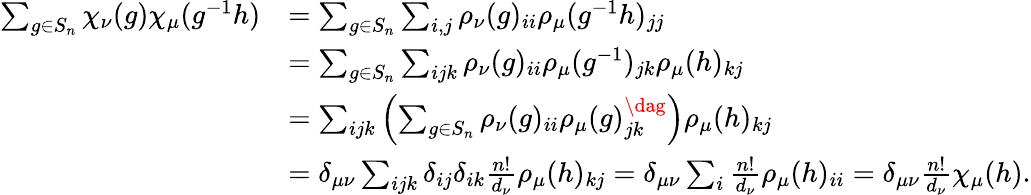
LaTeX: \begin{array}{rl}{\sum_{g\in S_{n}}\chi_{\nu}(g)\chi_{\mu}(g^{-1}h)}&{=\sum_{g\in S_{n}}\sum_{i,j}\rho_{\nu}(g)_{ii}\rho_{\mu}(g^{-1}h)_{jj}}\\ &{=\sum_{g\in S_{n}}\sum_{ijk}\rho_{\nu}(g)_{ii}\rho_{\mu}(g^{-1})_{jk}\rho_{\mu}(h)_{kj}}\\ &{=\sum_{ijk}\left(\sum_{g\in S_{n}}\rho_{\nu}(g)_{ii}\rho_{\mu}(g)_{jk}^{\dag}\right)\rho_{\mu}(h)_{kj}}\\ &{=\delta_{\mu\nu}\sum_{ijk}\delta_{ij}\delta_{ik}\frac{n!}{d_{\nu}}\rho_{\mu}(h)_{kj}=\delta_{\mu\nu}\sum_{i}\frac{n!}{d_{\nu}}\rho_{\mu}(h)_{ii}=\delta_{\mu\nu}\frac{n!}{d_{\nu}}\chi_{\mu}(h).}\end{array}